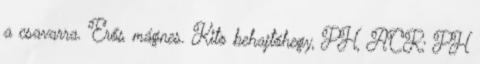
a csavarra. Erős mágnes. Kito behajtóhegy, PH, ACR; PH